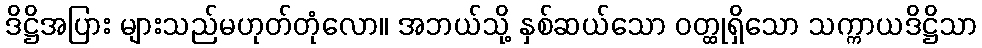
ဒိဋ္ဌိအပြား များသည်မဟုတ်တုံလော။ အဘယ်သို့ နှစ်ဆယ်သော ဝတ္ထုရှိသော သက္ကာယဒိဋ္ဌိသာ